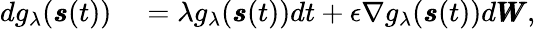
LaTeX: \begin{array}{rl}{dg_{\lambda}(\pmb{s}(t))}&{{}=\lambda g_{\lambda}(\pmb{s}(t))dt+\epsilon\nabla g_{\lambda}(\pmb{s}(t))d\pmb{W},}\end{array}